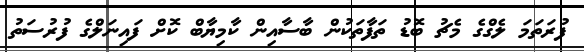
ފުރަތަމަ ލެގްގެ މެޗު ބޮޑު ތަފާތަކުން ބާސާއިން ކާމިޔާބް ކޮށް ފައިނަލްގެ ފުރުސަތު